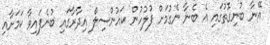
އޭނާ ބުނިގޮތުގައި އެ ބެނާ ނެގުމަށް ފުލުހުން ކައުންސިލް އިދާރާގައި ބުނެފައިވާ ކަމަށާއި